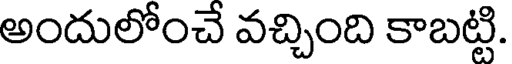
అందులోంచే వచ్చింది కాబట్టి.